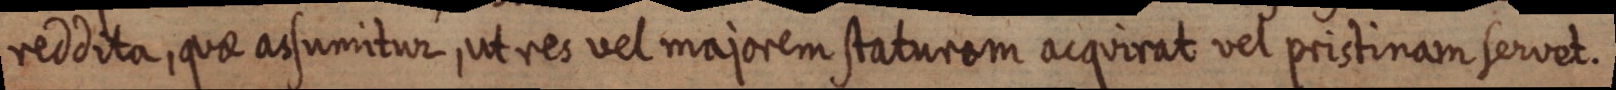
reddita, quae assumitur, ut res vel majorem staturem acquirat vel pristinam servet.